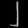
Digit: ၂